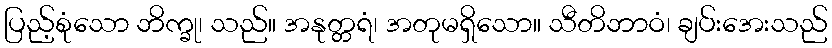
ပြည့်စုံသော ဘိက္ခု၊ သည်။ အနုတ္တရံ၊ အတုမရှိသော။ သီတိဘာဝံ၊ ချပ်းအေးသည်